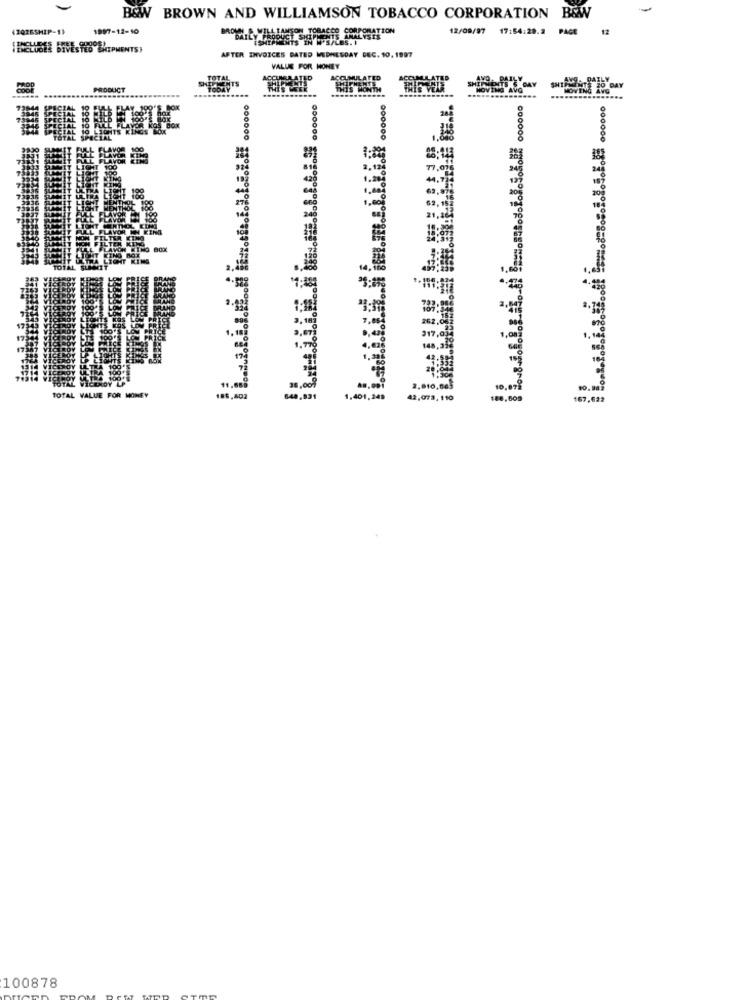
-
B&W BROWN AND WILLIAMSON TOBACCO CORPORATION B&W
(2Q26SHIP-1)
1997-12-10
TOBACCO COMPORATION
12/09/97
17:54:28.2 PAGE
12
SHIPMENTS IN W'S/LBS. I
INCLUDES DIVESTEO SHIPMENTSY
AFTER INVOICES DATED MIDHESDAY BEC. 10. 1997
VALUE FOR MONEY
TOTAL
TED
AILY
ANS- DAILY
PRODUCT
SHIPMENTS 5 DAY
MOVING AVG
GANG
000000
000000
000000
000000
FLAVOR 100
FLAVOR KINA
FLAVOR
100
ʻTRI
317,
TOTAL VALUE FOR MONEY
1.401, 248
42, 073 , 190
167,622
100878